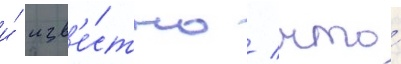
и́ изв'е́стно / что́